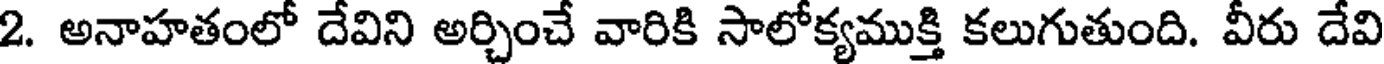
2. అనాహతంలో దేవిని అర్చించే వారికి సాలోక్యముక్తి కలుగుతుంది. వీరు దేవి